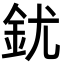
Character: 䤞